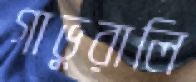
গাভুরালি